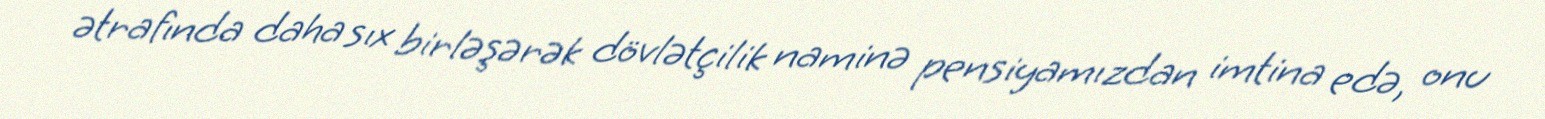
ətrafında daha sıx birləşərək dövlətçilik naminə pensiyamızdan imtina edə, onu